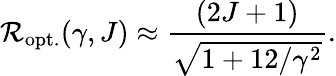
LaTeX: \mathcal{R}_{\mathrm{opt.}}(\gamma,J)\approx\frac{(2J+1)}{\sqrt{1+12/\gamma^{2}}}.